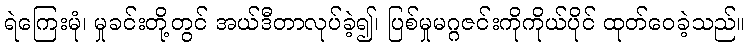
ရဲကြေးမုံ၊ မှုခင်းတို့တွင် အယ်ဒီတာလုပ်ခဲ့၍၊ ပြစ်မှုမဂ္ဂဇင်းကိုကိုယ်ပိုင် ထုတ်ဝေခဲ့သည်။